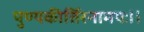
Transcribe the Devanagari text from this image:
पुण्यकीर्तिरनामयः।।